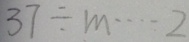
3 7 \div m \cdots 2